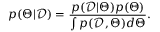
p ( \Theta | \mathcal { D } ) = \frac { p ( \mathcal { D } | \Theta ) p ( \Theta ) } { \int p ( \mathcal { D } , \Theta ) d \Theta } .